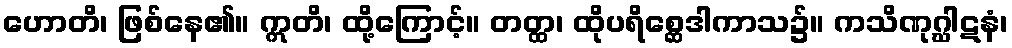
ဟောတိ၊ ဖြစ်နေ၏။ ဣတိ၊ ထို့ကြောင့်။ တတ္ထ၊ ထိုပရိစ္ဆေဒါကာသ၌။ ကသိဏုဂ္ဃါဋနံ၊